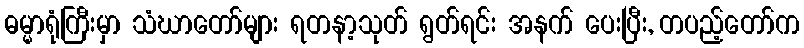
ဓမ္မာရုံကြီးမှာ သံဃာတော်များ ရတနာ့သုတ် ရွတ်ရင်း အနက် ပေးပြီး, တပည့်တော်က